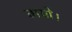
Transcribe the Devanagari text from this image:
वायो।